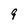
Character: 9